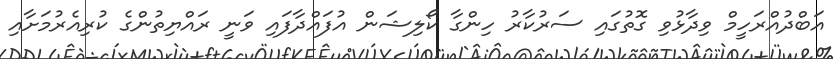
އަބްދުއްރަހީމް ވިދާޅުވި ގޮތުގައި ސަރުކާރު ހިންގާ ކޯލިޝަން އުފައްދާފައި ވަނީ ރައްޔިތުންގެ ކުރިއެރުމަށާއި